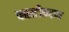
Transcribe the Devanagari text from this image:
प्लास्टीकरण